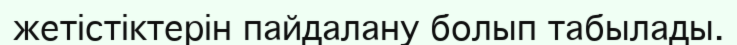
жетістіктерін пайдалану болып табылады.